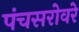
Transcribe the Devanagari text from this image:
पंचसरोवरे